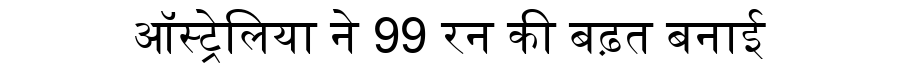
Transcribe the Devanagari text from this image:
ऑस्ट्रेलिया ने 99 रन की बढ़त बनाई